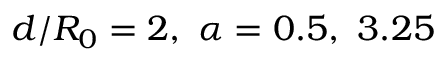
d / R _ { 0 } = 2 , \ \alpha = 0 . 5 , \ 3 . 2 5